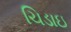
ચિડાઇ